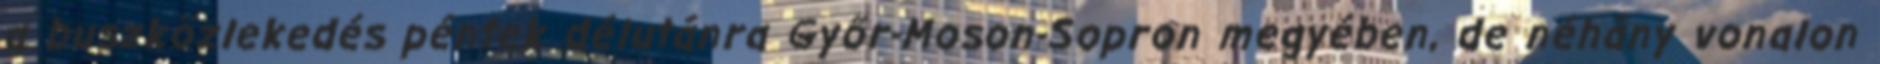
a buszközlekedés péntek délutánra Győr-Moson-Sopron megyében, de néhány vonalon